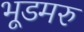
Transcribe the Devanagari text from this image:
भूडमरु